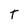
Character: T